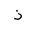
Letter: _zay